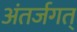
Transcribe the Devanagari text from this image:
अंतर्जगत्‌